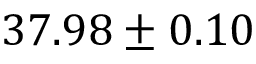
3 7 . 9 8 \pm 0 . 1 0